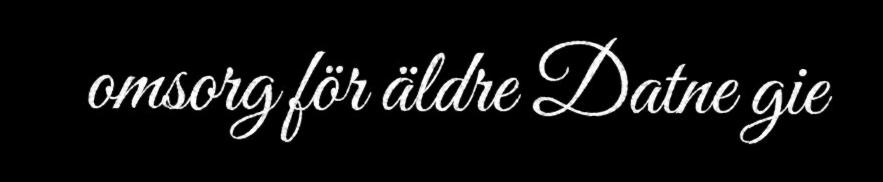
omsorg för äldre Datne gie